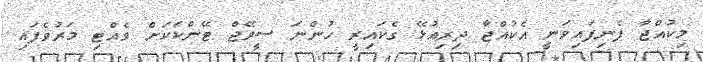
މިކުއްޖާ ފެނިފައިވަނީ އެކުއްޖާ ދިރިއުޅޭ ގެކައިރީ ހުންނަ ސީވޭޖް ޓޭންކަކަށް ވެއްޓި މަރުވެފައި